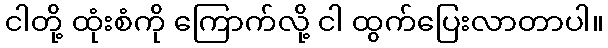
ငါတို့ ထုံးစံကို ကြောက်လို့ ငါ ထွက်ပြေးလာတာပါ။